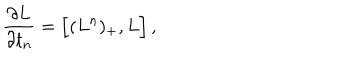
LaTeX: { \frac { \partial { L } } { \partial t _ { n } } } = \Big [ ( { L } ^ { n } ) _ { + } , { L } \Big ] \, ,